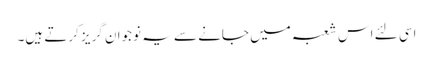
اسی لئے اس شعبہ میں جانے سے یہ نوجوان گریز کرتے ہیں۔